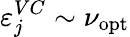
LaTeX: \varepsilon_{j}^{VC}\sim\nu_{\mathrm{opt}}